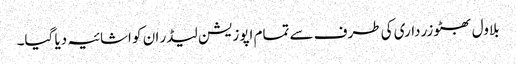
بلاول بھٹو زرداری کی طرف سے تمام اپوزیشن لیڈر ان کو اشائیہ دیا گیا۔